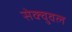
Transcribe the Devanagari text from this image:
सेक्चुवल